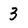
Character: 3